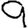
Digit: 9